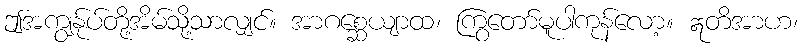
ဤအကျွန်ုပ်တို့အိမ်သို့သာလျှင်။ အာဂစ္ဆေယျာထ၊ ကြွတော်မူပါကုန်လော့။ ဣတိအာဟ၊